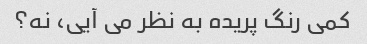
کمی رنگ پریده به نظر می آیی، نه؟